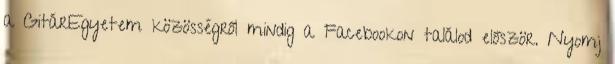
a GitárEgyetem közösségről mindig a Facebookon találod először. Nyomj